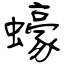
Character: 蠔